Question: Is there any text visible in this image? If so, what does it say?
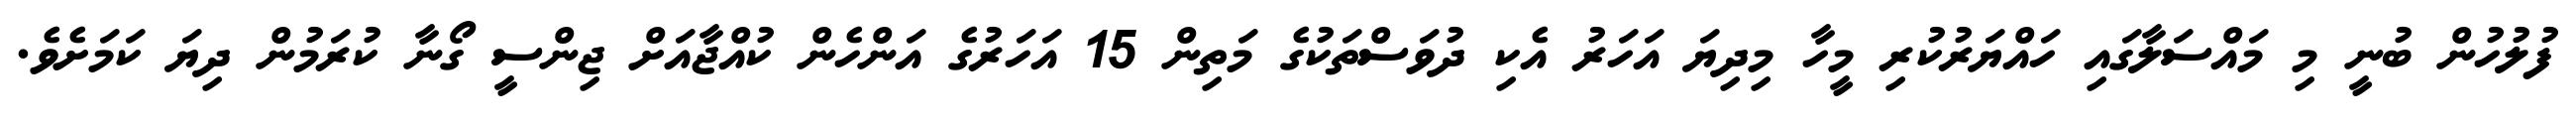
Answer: ފުލުހުން ބުނީ މި މައްސަލާގައި ހައްޔަރުކުރި މީހާ މިދިޔަ އަހަރު އެކި ދުވަސްތަކުގެ މަތިން 15 އަހަރުގެ އަންހެން ކުއްޖާއަށް ޖިންސީ ގޯނާ ކުރަމުން ދިޔަ ކަމަށެވެ.